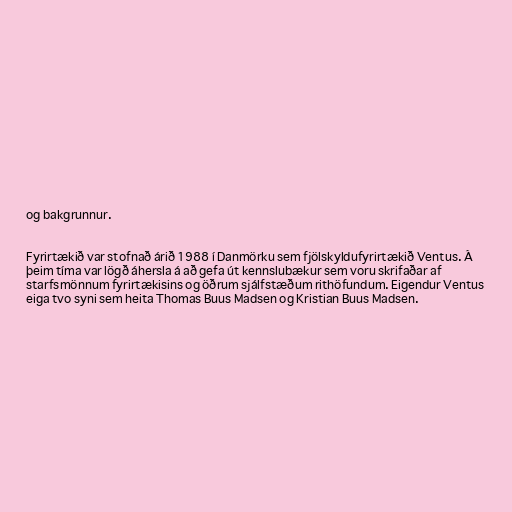
og bakgrunnur.

Fyrirtækið var stofnað árið 1988 í Danmörku sem fjölskyldufyrirtækið Ventus. Á
þeim tíma var lögð áhersla á að gefa út kennslubækur sem voru skrifaðar af
starfsmönnum fyrirtækisins og öðrum sjálfstæðum rithöfundum. Eigendur Ventus
eiga tvo syni sem heita Thomas Buus Madsen og Kristian Buus Madsen.